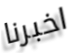
اخبرنا